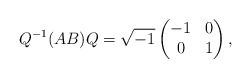
LaTeX: \begin{align*}Q^{-1} (AB) Q=\sqrt{-1}\begin{pmatrix}-1 & 0 \\0 & 1\end{pmatrix},\end{align*}